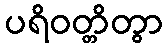
ပရိဝတ္တိတွာ